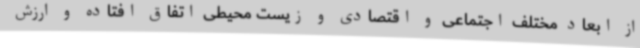
از ابعاد مختلف اجتماعی و اقتصادی و زیست محیطی اتفاق افتاده و ارزش